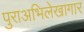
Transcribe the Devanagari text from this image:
पुराअभिलेखागार